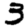
Digit: 3